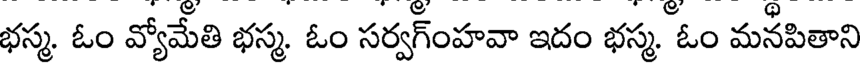
భస్మ ఓం వ్యోమేతి భస్మ ఓం సర్వగ్ంహవా ఇదం భస్మ ఓం మనపితాని